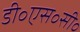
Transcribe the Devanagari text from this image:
डी॰एस॰सी॰